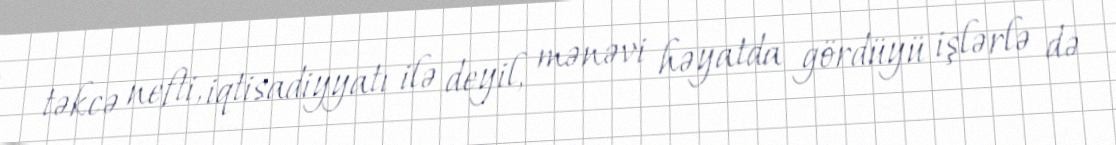
təkcə nefti, iqtisadiyyatı ilə deyil, mənəvi həyatda gördüyü işlərlə də